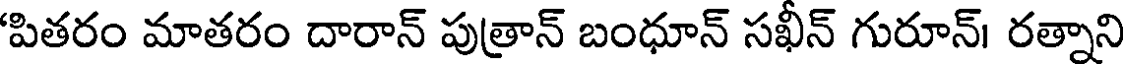
'పితరం మాతరం దారాన్ పుత్రాన్ బంధూన్ సఖీన్ గురూన్। రత్నాని